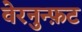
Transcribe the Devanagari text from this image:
वेरनुन्फ़ट